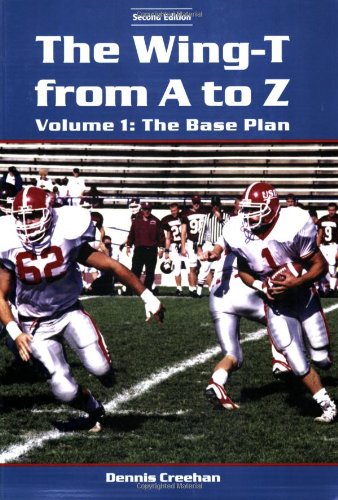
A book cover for The Wing-T From A To Z: The Base Plan; Dennis Creehan; Sports & Outdoors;